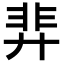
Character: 𫸝